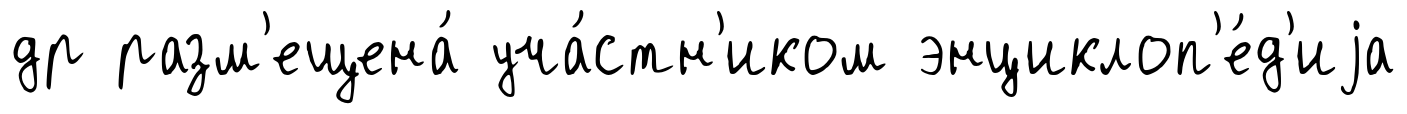
др разм'ещена́ уча́стн'иком энциклоп'е́д'иjа